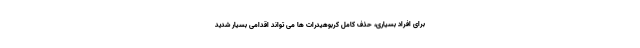
برای افراد بسیاری، حذف کامل کربوهیدرات ها می تواند اقدامی بسیار شدید